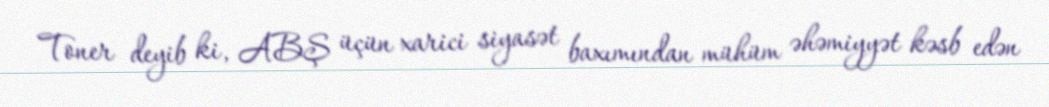
Toner deyib ki, ABŞ üçün xarici siyasət baxımından mühüm əhəmiyyət kəsb edən